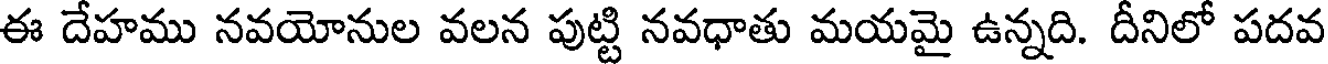
ఈ దేహము నవయోనుల వలన పుట్టి నవధాతు మయమై ఉన్నది. దీనిలో పదవ